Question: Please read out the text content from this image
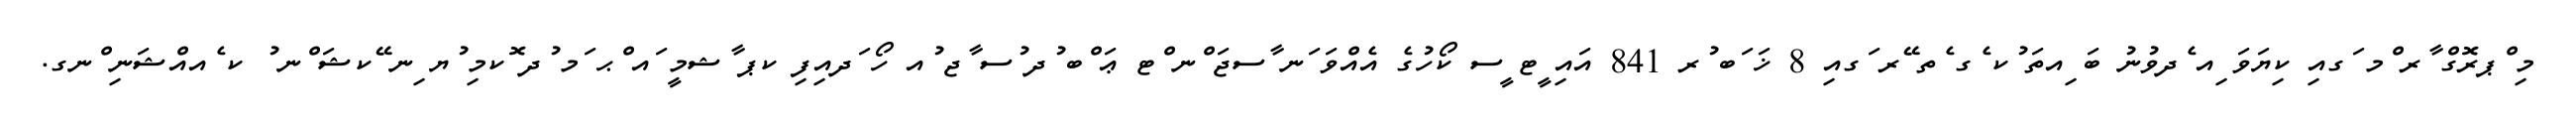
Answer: މި ްޕރޮގް ާރ ްމ ަގއި ކިޔަވަ ިއ ެދވުނު ބަ ިއތަ ުކ ެގ ެތ ޭރ ަގއި 8 ޚަ ަބ ުރ 841 އައި ީޓ ީސ ކޯހުގެ އެއްވަ ަނ ާސޖަ ްނ ްޓ ޢަ ްބ ުދ ުސ ާޖ ުއ ހޯ ަދއިފި ކޕ ާޝމީ ައ ްޙ ަމ ުދ ޮކމި ުޔ ިނ ޭކޝަ ްނ ު ކ ެއއްޝަނި ްނގ.